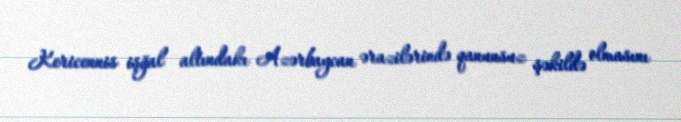
Kericennis işğal altındakı Azərbaycan ərazilərində qanunsuz şəkildə olmasını